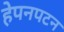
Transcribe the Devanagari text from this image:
हेपनपटन